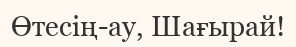
Өтесің-ау, Шағырай!